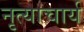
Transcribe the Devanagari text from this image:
नृत्याचार्य